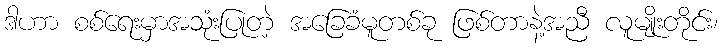
ဒါဟာ စစ်ရေးမှာအသုံးပြုတဲ့ အခြေခံမူတစ်ခု ဖြစ်တာနဲ့အညီ လူမျိုးတိုင်း၊